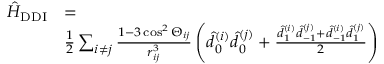
\begin{array} { r l } { \hat { H } _ { \mathrm { { D D I } } } } & { = } \\ & { \frac { 1 } { 2 } \sum _ { i \neq j } \frac { 1 - 3 \cos ^ { 2 } \Theta _ { i j } } { r _ { i j } ^ { 3 } } \left( \hat { d } _ { 0 } ^ { ( i ) } \hat { d } _ { 0 } ^ { ( j ) } + \frac { \hat { d } _ { 1 } ^ { ( i ) } \hat { d } _ { - 1 } ^ { ( j ) } + \hat { d } _ { - 1 } ^ { ( i ) } \hat { d } _ { 1 } ^ { ( j ) } } { 2 } \right) } \end{array}